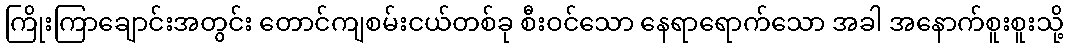
ကြိုးကြာချောင်းအတွင်း တောင်ကျစမ်းငယ်တစ်ခု စီးဝင်သော နေရာရောက်သော အခါ အနောက်စူးစူးသို့